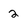
Character: 2